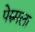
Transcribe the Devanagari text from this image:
पेरुमला